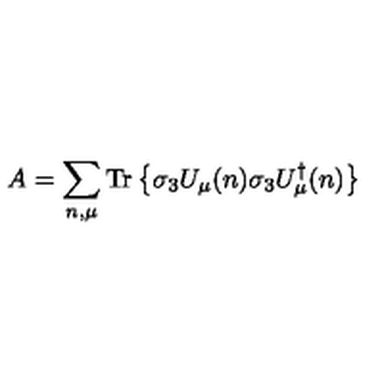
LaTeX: A = \sum _ { n , \mu } \mathrm { T r } \left\{ \sigma _ { 3 } U _ { \mu } ( n ) \sigma _ { 3 } U _ { \mu } ^ { \dagger } ( n ) \right\}